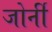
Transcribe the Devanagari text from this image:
जोर्नी